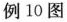
例10图